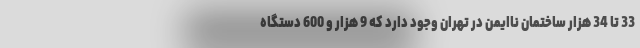
33 تا 34 هزار ساختمان ناایمن در تهران وجود دارد که 9 هزار و 600 دستگاه